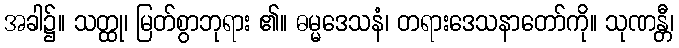
အခါ၌။ သတ္ထု၊ မြတ်စွာဘုရား ၏။ ဓမ္မဒေသနံ၊ တရားဒေသနာတော်ကို။ သုဏန္တီ၊